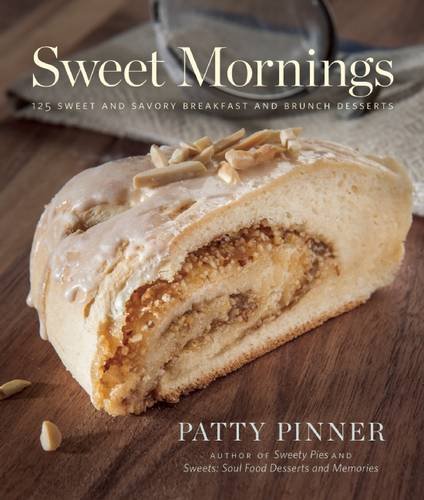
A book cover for Sweet Mornings: 125 Sweet and Savory Breakfast and Brunch Recipes; Patty Pinner; Cookbooks, Food & Wine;